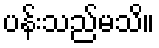
ပန်းသည်မသိ။